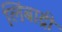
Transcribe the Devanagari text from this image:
लिंबाद्री